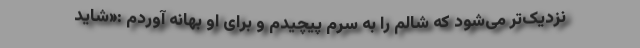
نزدیک‌تر می‌شود که شالم را به سرم پیچیدم و برای او بهانه آوردم :«شاید